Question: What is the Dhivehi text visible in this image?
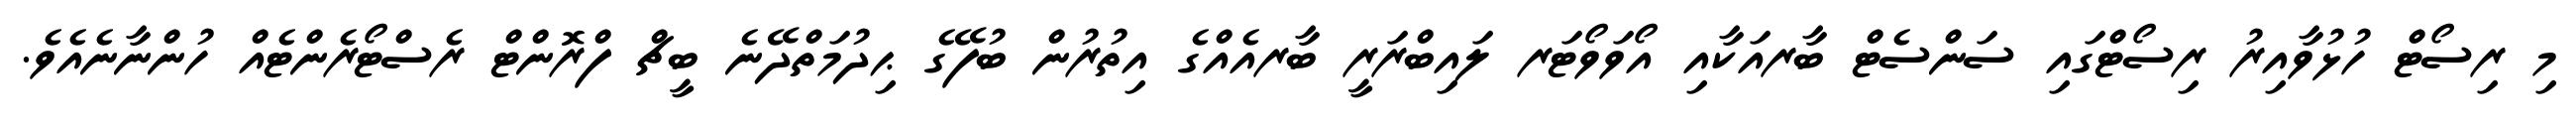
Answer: މި ރިސޯޓް ހުޅުވާއިރު ރިސޯޓްގައި ސަންސެޓް ބާރއަކާއި އޯވަވޯޓަރ ލައިބްރަރީ ބާރއެއްގެ އިތުރުން ބުފޭގެ ޙިދުމަތްދޭނެ ބީޗް ފްރޮންޓް ރެސްޓޯރެންޓެއް ހުންނާނެއެވެ.